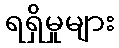
ရရှိမှုများ